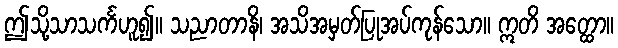
ဤသို့သာသင်္ကဟူ၍။ သညာတာနိ၊ အသိအမှတ်ပြုအပ်ကုန်သော။ ဣတိ အတ္ထော။